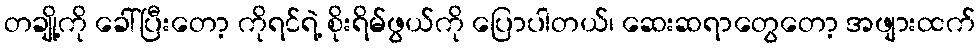
တချို့ကို ခေါ်ပြီးတော့ ကိုရင်ရဲ့ စိုးရိမ်ဖွယ်ကို ပြောပါတယ်၊ ဆေးဆရာတွေတော့ အဖျားထက်